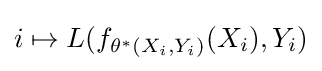
i\mapsto L(f_{\theta ^{*}(X_{i},Y_{i})}(X_{i}),Y_{i})